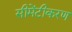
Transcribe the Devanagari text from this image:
सीमेंटीकरण